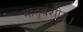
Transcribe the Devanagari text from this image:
मातृवंशीय।